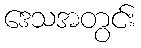
ဒေသအတွင်း